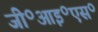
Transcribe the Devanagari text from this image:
जी॰आइ॰एस॰